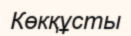
Көкқұсты